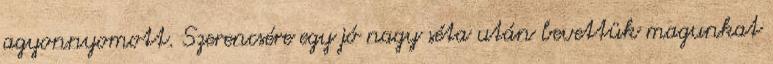
agyonnyomott. Szerencsére egy jó nagy séta után bevettük magunkat